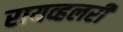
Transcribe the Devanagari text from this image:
रायव्हलरी